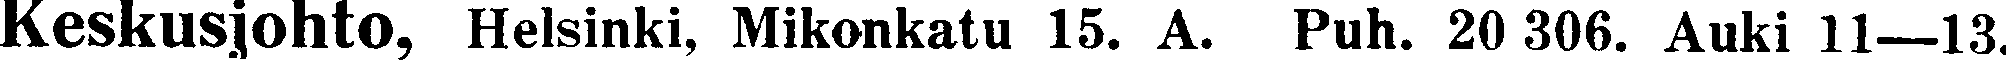
Keskusjohto, Helsinki, Mikonkatu 15. A. Puh. 20 306. Auki 11—13.